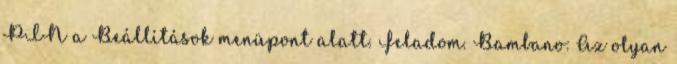
PIN a Beállítások menüpont alatt. Feladom. Bambano: Az olyan